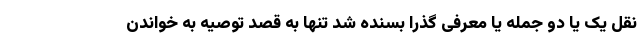
نقل یک یا دو جمله یا معرفی گذرا بسنده شد تنها به قصد توصیه به خواندن